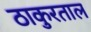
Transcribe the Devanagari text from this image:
ठाकुरताल